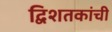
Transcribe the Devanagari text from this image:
द्विशतकांची